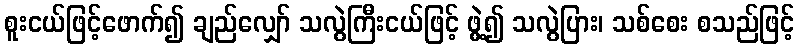
စူးငယ်ဖြင့်ဖောက်၍ ချည်လျှော် သလွဲကြီးငယ်ဖြင့် ဖွဲ့၍ သလွဲပြား၊ သစ်စေး စသည်ဖြင့်